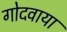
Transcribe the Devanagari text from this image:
गोदवाया